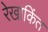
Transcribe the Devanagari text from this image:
रेखाकिंत